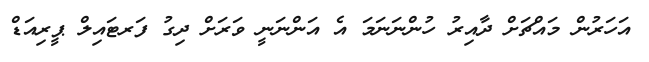
އަހަރުން މައްޗަށް ދާއިރު ހުންނަނަމަ އެ އަންނަނީ ވަރަށް ދިގު ފަރޓައިލް ޕީރިއަޑް